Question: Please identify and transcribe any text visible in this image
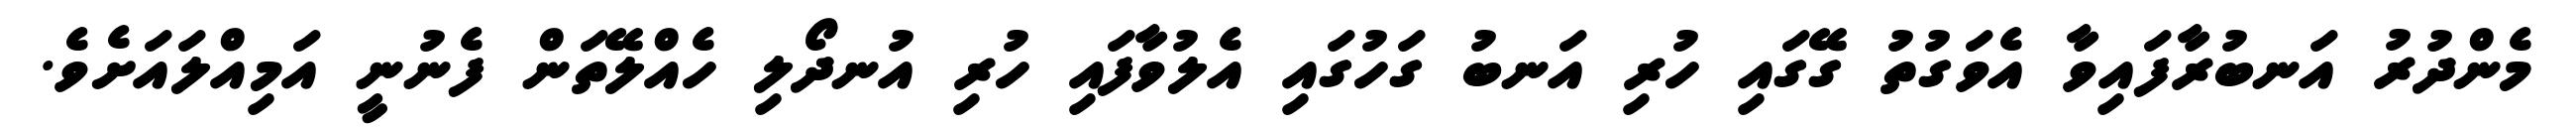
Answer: މެންދުރު އަނބުރާފައިވާ އެވަގުތު ގޭގައި ހުރި އަނބު ގަހުގައި އެލުވާފައި ހުރި އުނދޯލި ހެއްލޭތަން ފެނުނީ އަމިއްލައަށެވެ.